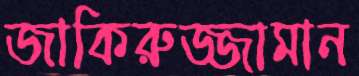
জাকিরুজ্জামান